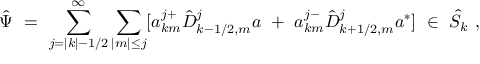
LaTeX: { \hat { \Psi } } \ = \ \sum _ { j = | k | - 1 / 2 } ^ { \infty } \sum _ { | m | \le j } [ a _ { k m } ^ { j + } { \hat { D } } _ { k - 1 / 2 , m } ^ { j } a \ + \ a _ { k m } ^ { j - } { \hat { D } } _ { k + 1 / 2 , m } ^ { j } a ^ { * } ] \ \in \ { \hat { \cal S } } _ { k } \ ,